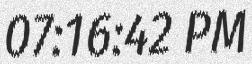
07:16:42 PM